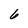
Character: 6